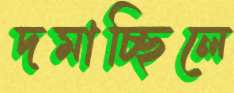
দমাচ্ছিলে